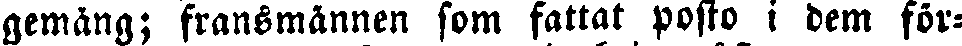
gemäng; fransmännen som fattat posto i dem för-